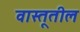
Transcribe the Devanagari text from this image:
वास्तूतील